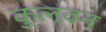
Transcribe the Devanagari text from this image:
कुलवन